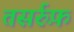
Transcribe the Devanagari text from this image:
तसर्रुफ़